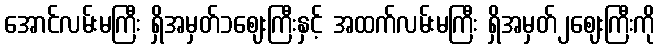
အောင်လမ်းမကြီး ရှိအမှတ်၁ဈေးကြီးနှင့် အထက်လမ်းမကြီး ရှိအမှတ်၂ဈေးကြီးကို